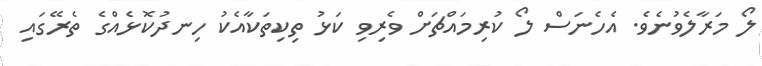
ލޯ މަރާލެވުނެވެ. އެހެނަސް ލޯ ކުރިމައްޗަށް ވެރިވި ކަޅު ތިކިތަކާއެކު ހިނދުކޮޅެއްގެ ތެރޭގައި